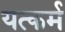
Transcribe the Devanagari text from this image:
यत्कर्म